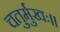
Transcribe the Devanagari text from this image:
चतुर्मुखः।।